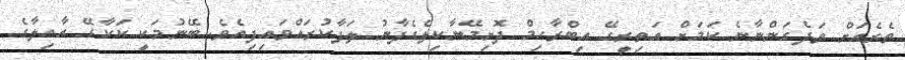
ތެރެއަށް ވަދެގަންނާނެ ކަމަށް އަތިރީގޭ އިބްރާހިމް ދޮށިމޭނާކިލެގެފާނު ލަފާކުރައްވައިފިއެވެ. ބޭނުމަކީ ކަކާގޭ އާއިލާގެ